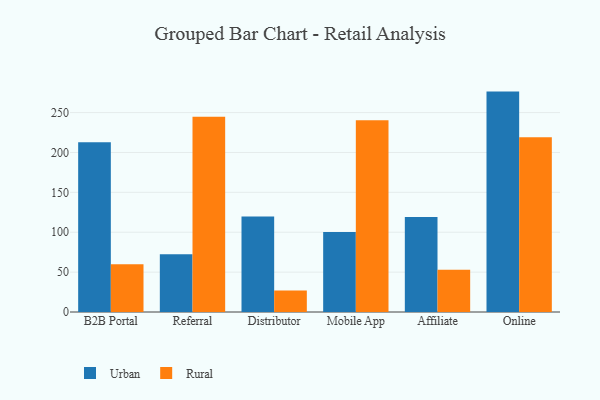
{"axis": {"x": "Channel", "y": "Inventory Turnover"}, "legend": ["Rural", "Urban"], "data": [{"x": "B2B Portal", "y": 212.9, "type": "Urban"}, {"x": "B2B Portal", "y": 59.8, "type": "Rural"}, {"x": "Referral", "y": 72.4, "type": "Urban"}, {"x": "Referral", "y": 244.8, "type": "Rural"}, {"x": "Distributor", "y": 119.6, "type": "Urban"}, {"x": "Distributor", "y": 26.8, "type": "Rural"}, {"x": "Mobile App", "y": 100.2, "type": "Urban"}, {"x": "Mobile App", "y": 240.3, "type": "Rural"}, {"x": "Affiliate", "y": 119.0, "type": "Urban"}, {"x": "Affiliate", "y": 53.1, "type": "Rural"}, {"x": "Online", "y": 276.3, "type": "Urban"}, {"x": "Online", "y": 219.1, "type": "Rural"}]}